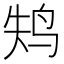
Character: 𱉚